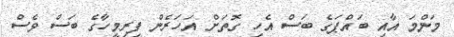
މަންމަ އާއި ބައްޕަގެ ބަސް އެހި ގޮތަށް އަހަރެން ފިރިމީހާގެ ބަސް ވެސް